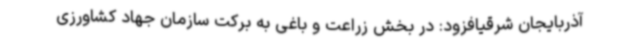
آذربایجان شرقیافزود: در بخش زراعت و باغی به برکت سازمان جهاد کشاورزی